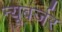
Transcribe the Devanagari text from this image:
न्यूबर्जर